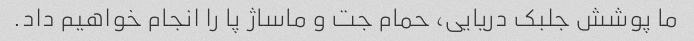
ما پوشش جلبک دریایی، حمام جت و ماساژ پا را انجام خواهیم داد.